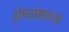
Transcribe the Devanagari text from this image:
होण्यामागच्या